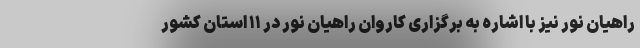
راهیان نور نیز با اشاره به برگزاری کاروان راهیان نور در ۱۱ استان کشور